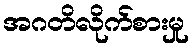
အဂတိလိုက်စားမှု